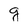
Character: g